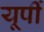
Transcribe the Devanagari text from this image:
यूर्पी